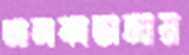
আলফাডাঙ্গায়